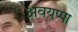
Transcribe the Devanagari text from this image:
अवयप्पा